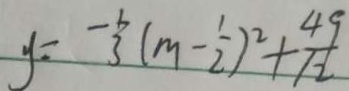
y = - \frac { 1 } { 3 } ( m - \frac { 1 } { 2 } ) ^ { 2 } + \frac { 4 9 } { 1 2 }